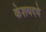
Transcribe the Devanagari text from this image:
केशवदवे